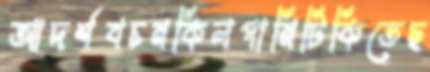
আদর্শবচনকিলপানিটিকিতেছ